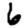
Digit: 6